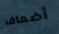
أضعاف